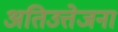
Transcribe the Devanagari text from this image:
अतिउत्तेजना